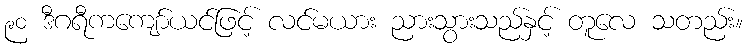
၉၀ ဒီဂရီကကျော်ယင်ဖြင့် လင်မယား ညားသွားသည်နှင့် တူလေ သတည်း။